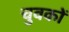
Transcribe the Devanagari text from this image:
चुवकों